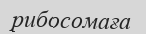
рибосомаға